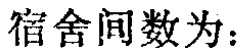
宿舍间数为：